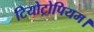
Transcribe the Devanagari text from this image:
टियोट्रोपियम।